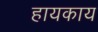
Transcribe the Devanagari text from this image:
हायकाय